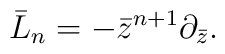
\bar{L}_{n}=-\bar{z}^{n+1}\partial_{\bar{z}}.